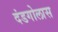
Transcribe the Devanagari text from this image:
दंडगोलास